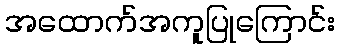
အထောက်အကူပြုကြောင်း